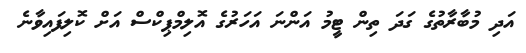
އަދި މުބާރާތުގެ ގަދަ ތިން ޓީމު އަންނަ އަހަރުގެ އޮލިމްޕިކްސް އަށް ކޮލިފައިވާނެ